NAE_ERA_R-2632_ENSV_TA_Emakeele_Selts_1945-1955, lk 45
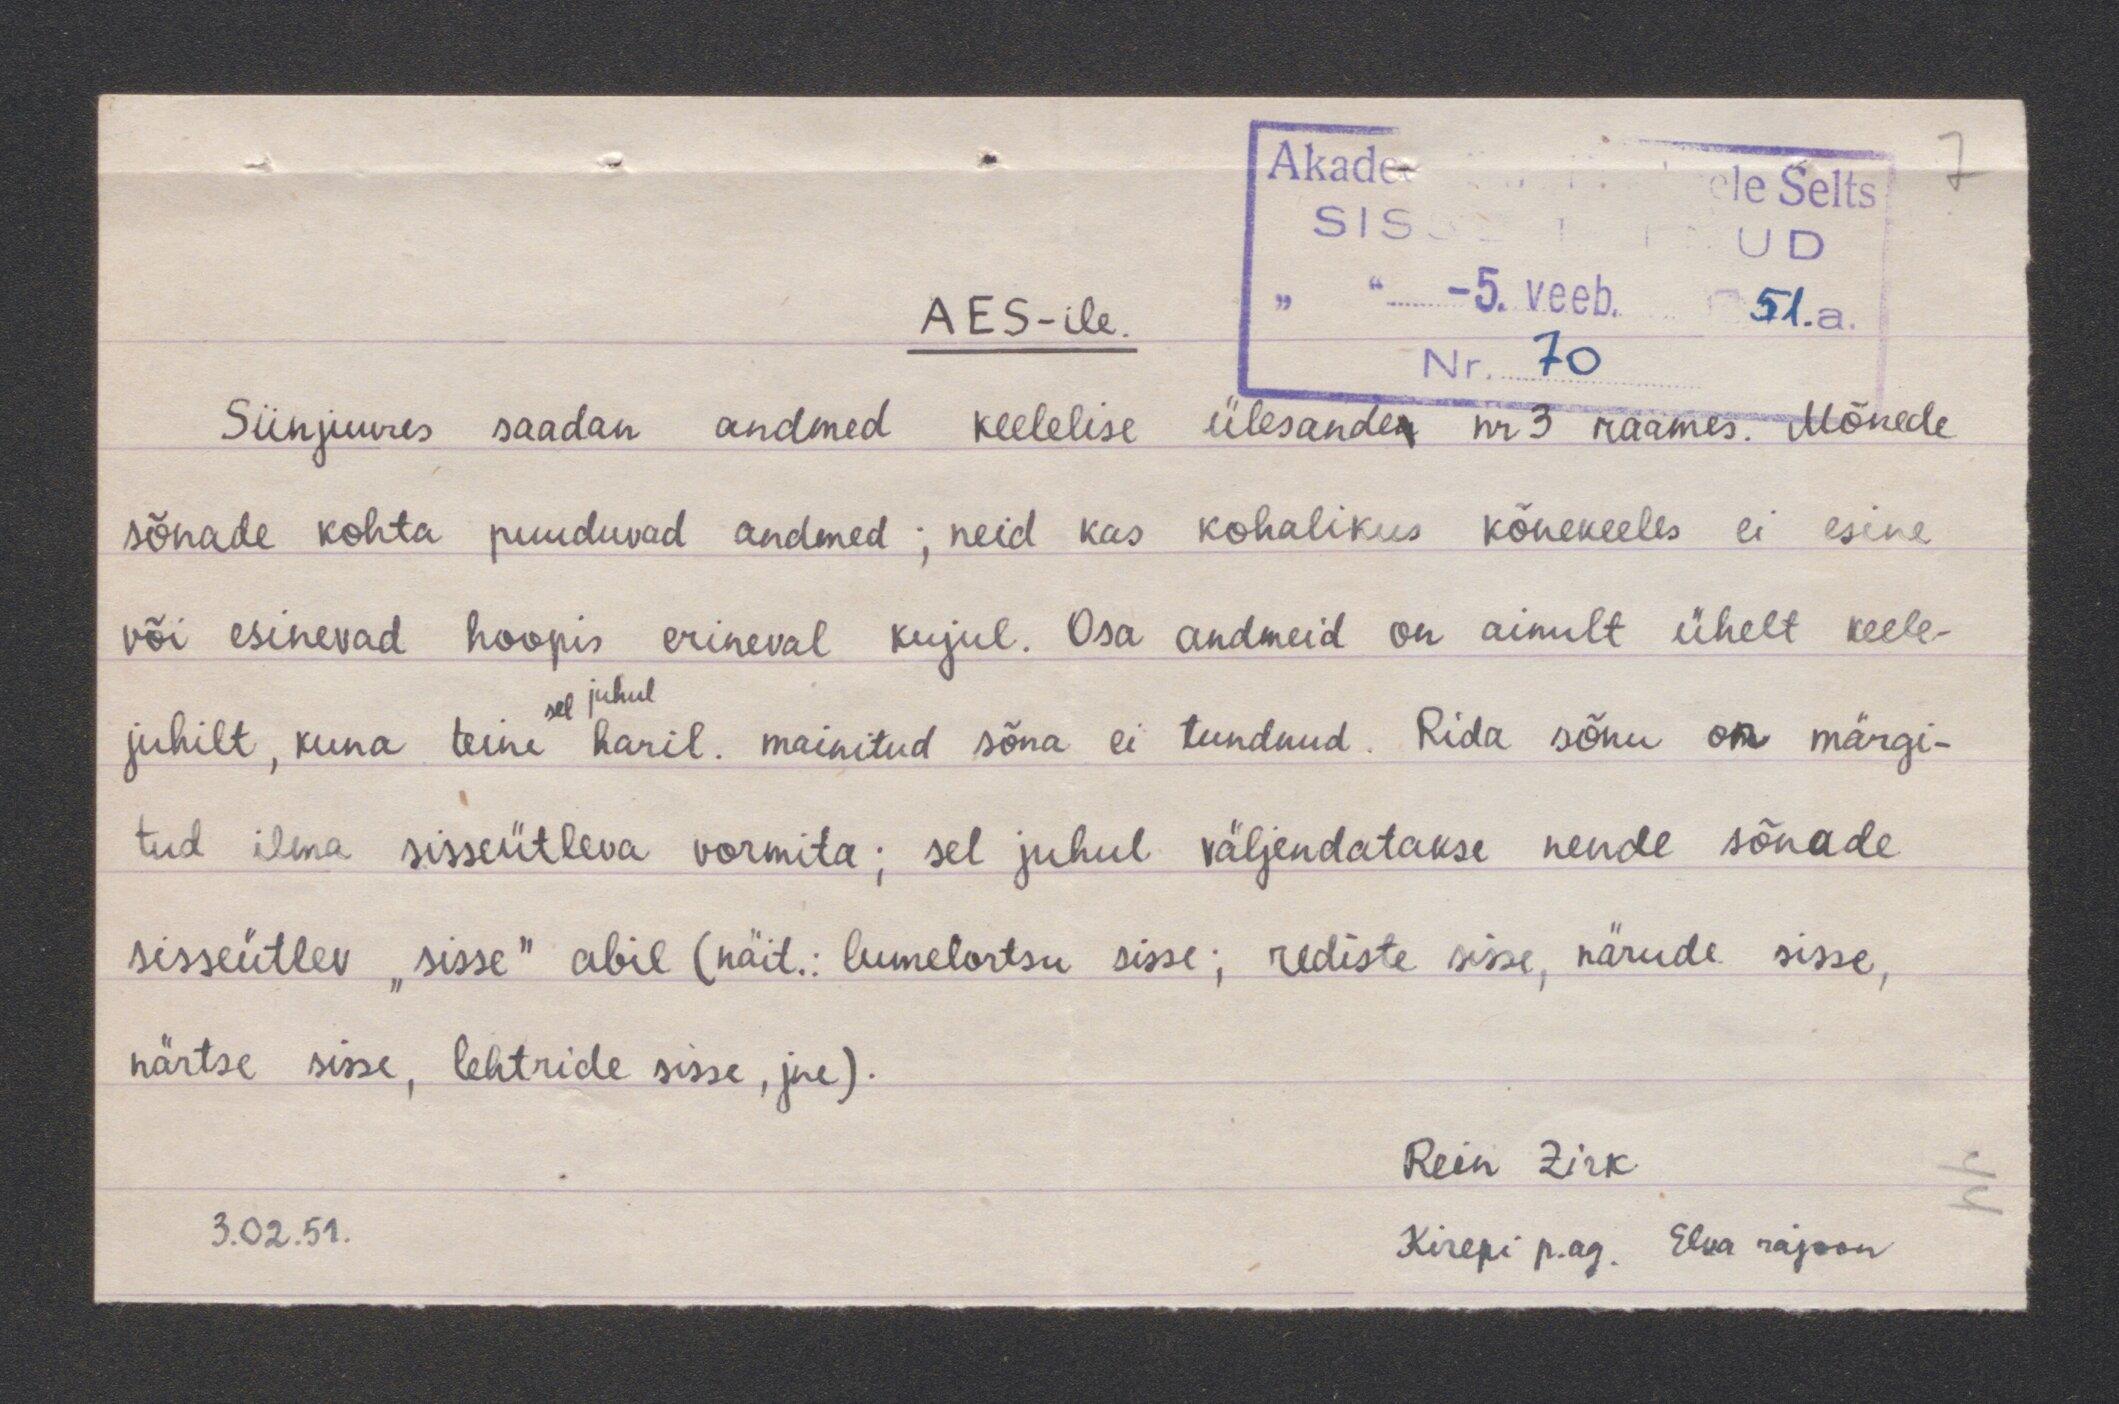
AES-ile.
Siinjuures saadan andmed keelelise ülesanden nr 3 raames. Mõnede
sõnade kohta puuduvad andmed; neid kas kohalikus kõnekeeles ei esine
või esinevad hoopis erineval kujul. Osa andmeid on ainult ühelt keele-
sel juhul
juhilt, kuna teine haril. mainitud sõna ei tundnud. Rida sõnu on märgi-
tud ilma sisseütleva vormita; sel juhul väljendatakse nende sõnade
sisseütlev "sisse" abil (näit: lumelortsu sisse; rediste sisse, närude sisse,
närtse siise, lehtride sisse, jne)
Rein Zirk
3.02 51.
Kirepi p.ag. Elva rajoon